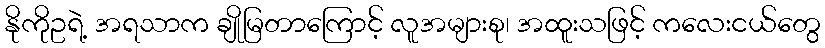
နိုကိုဥရဲ့ အရသာက ချိုမြတာကြောင့် လူအများစု၊ အထူးသဖြင့် ကလေးငယ်တွေ